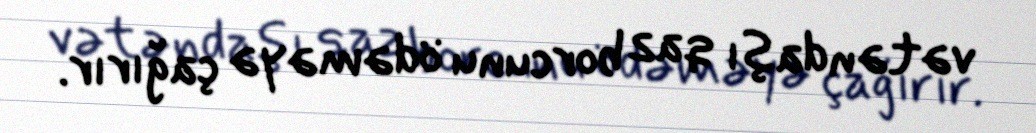
vətəndaşı qaz borcunu ödəməyə çağırır.